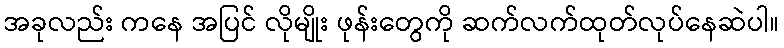
အခုလည်း ကနေ အပြင် လိုမျိုး ဖုန်းတွေကို ဆက်လက်ထုတ်လုပ်နေဆဲပါ။